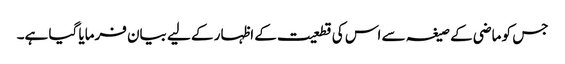
جس کو ماضی کے صیغہ سے اس کی قطعیت کے اظہار کے لیے بیان فرمایا گیا ہے۔